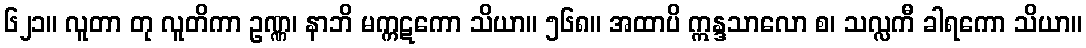
၆၂၁။ လူတာ တု လူတိကာ ဥဏ္ဏ၊ နာဘိ မက္ကဋကော သိယာ။ ၅၆၈။ အထာပိ ဣန္ဒသာလော စ၊ သလ္လကီ ခါရကော သိယာ။